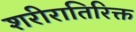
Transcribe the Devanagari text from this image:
शरीरातिरिक्त